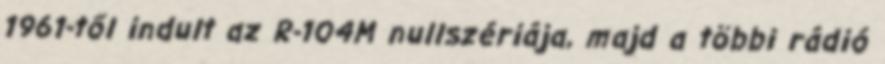
1961-től indult az R-104M nullszériája, majd a többi rádió